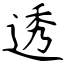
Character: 透